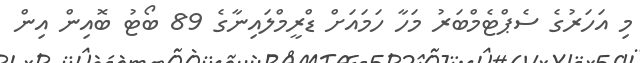
މި އަހަރުގެ ސެޕްޓެމްބަރު މަހާ ހަމައަށް ޑްރީމްލައިނާގެ 89 ބޯޓު ބޮއިން އިން